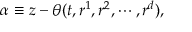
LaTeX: \alpha \equiv z - \theta ( t , r ^ { 1 } , r ^ { 2 } , \cdots , r ^ { d } ) ,